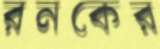
রনকের